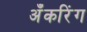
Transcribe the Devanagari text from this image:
अँकरिंग